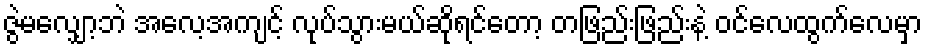
ဇွဲမလျှော့ဘဲ အလေ့အကျင့် လုပ်သွားမယ်ဆိုရင်တော့ တဖြည်းဖြည်းနဲ့ ဝင်လေထွက်လေမှာ